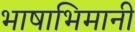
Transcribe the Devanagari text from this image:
भाषाभिमानी